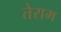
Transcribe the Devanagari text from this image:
तेराम